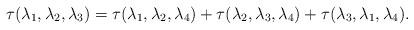
LaTeX: \begin{align*} \tau(\lambda_1,\lambda_2,\lambda_3)=\tau(\lambda_1,\lambda_2,\lambda_4) +\tau(\lambda_2,\lambda_3,\lambda_4)+\tau(\lambda_3,\lambda_1,\lambda_4).\end{align*}